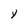
Character: Y